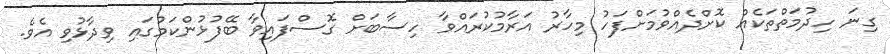
ގިނަ ހިދުމަތްތަކެއް ކޮށްދެއްވުމަށްފަހު މިހާރު އަރާމުކުރައްވާ ހިސާބަށް ގޮސްފައިވާ ބޭފުޅުންކަމުގައި ވިދާޅުވި އެވެ.